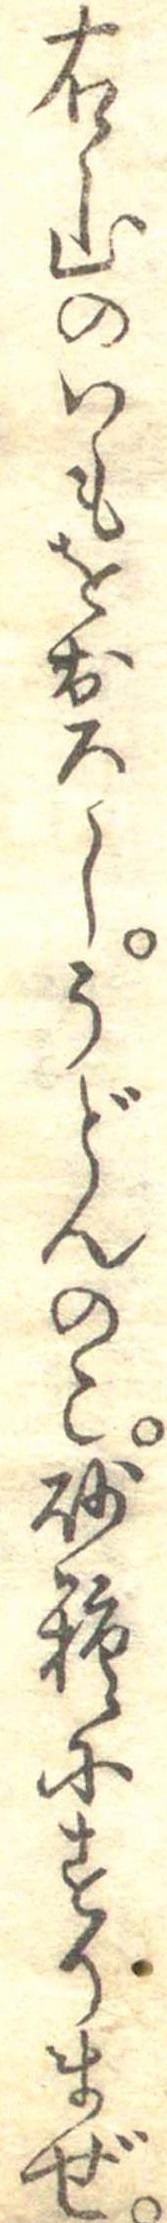
右山のいもをおろしうどんのこ砂糖にすりまぜ